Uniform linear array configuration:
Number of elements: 12
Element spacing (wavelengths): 0.5
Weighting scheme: uniform
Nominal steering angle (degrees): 45
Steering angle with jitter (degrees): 43.63
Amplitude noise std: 0.05
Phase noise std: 0.05

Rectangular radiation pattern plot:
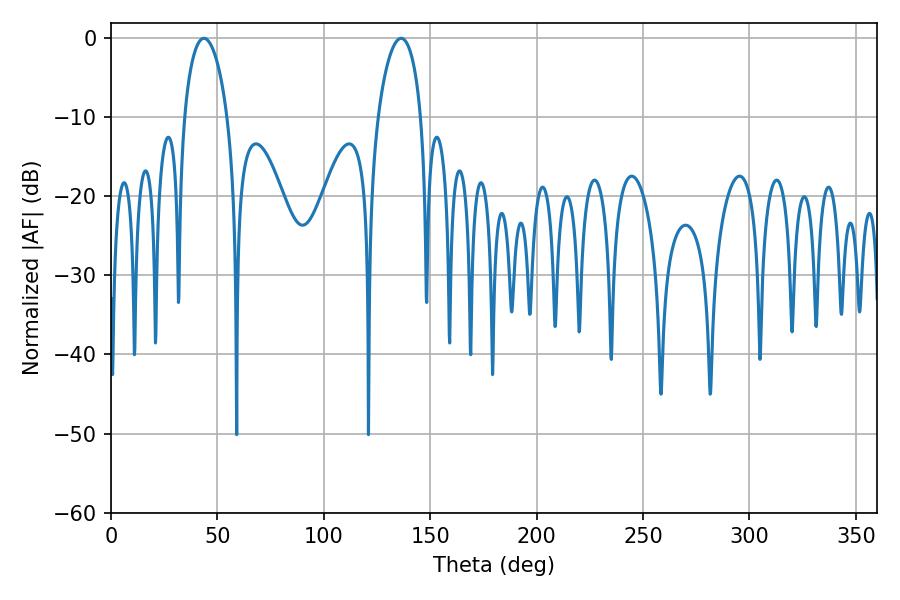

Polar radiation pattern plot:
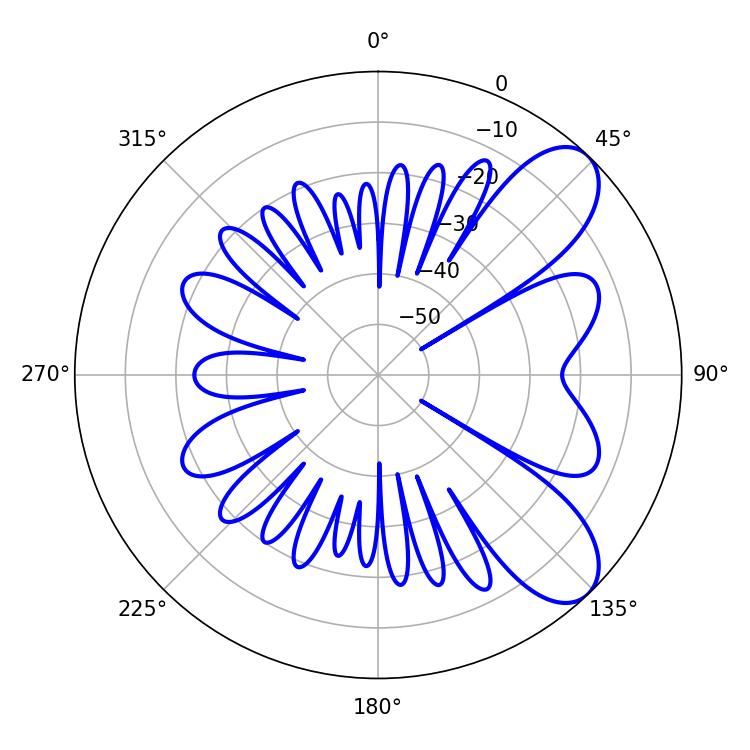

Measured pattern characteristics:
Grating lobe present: FALSE
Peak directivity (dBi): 8.138
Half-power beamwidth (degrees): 11.52
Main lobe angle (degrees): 43.74